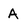
Character: A